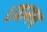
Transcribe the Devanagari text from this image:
ध्यानच